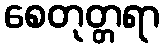
စေတုတ္တရာ